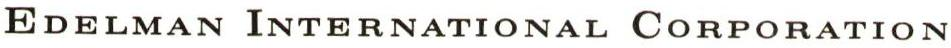
EDELMAN INTERNATIONAL CORPORATION